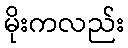
မိုးကလည်း